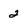
Character: 2